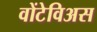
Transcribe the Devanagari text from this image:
वोंटेविअस